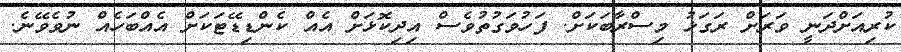
ކުރިއަށްދަނީ ވަރަށް ރަގަޅު މިސްރާބަކަށް. ފަހުވަގުތުވެސް އިދިކޮޅަށް އެއް ކެންޑިޑޭޓަކަށް އެއްބަހެއް ނުވެވޭނެ.